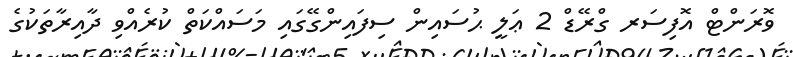
ވޮރަންޓް އޮފިސަރ ގްރޭޑް 2 ޢަލީ ޙުސައިން ސިފައިންގޭގައި މަސައްކަތް ކުރެއްވި ދާއިރާތަކުގެ